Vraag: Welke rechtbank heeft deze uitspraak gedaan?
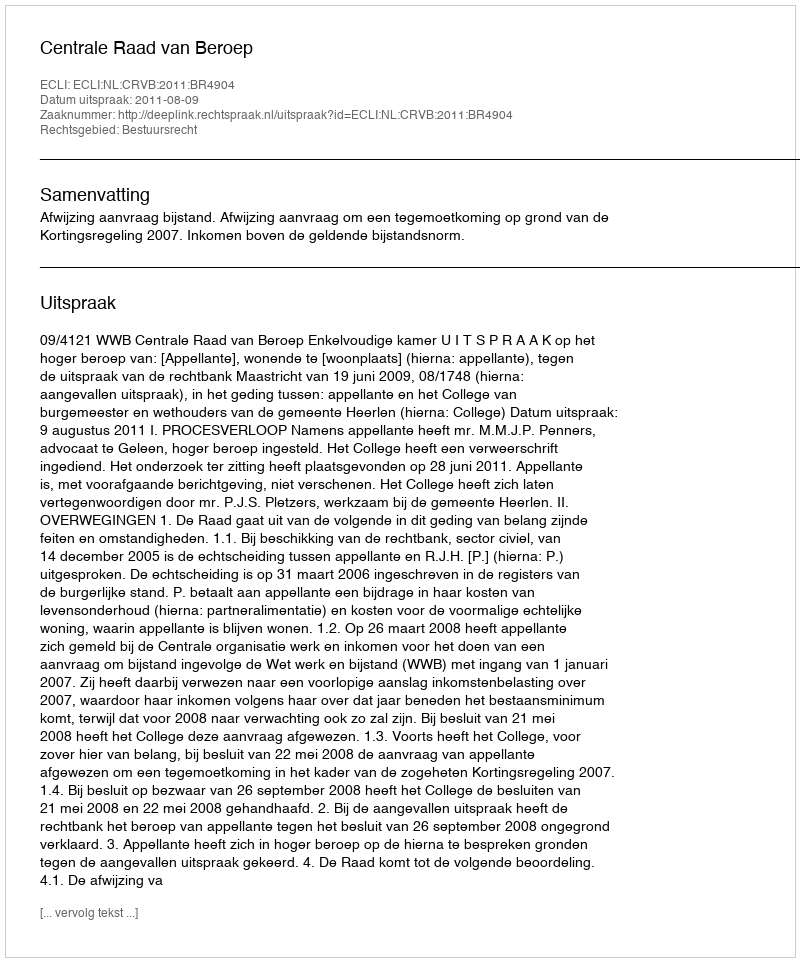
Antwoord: Centrale Raad van Beroep